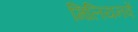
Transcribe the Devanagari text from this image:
मिलियनवें